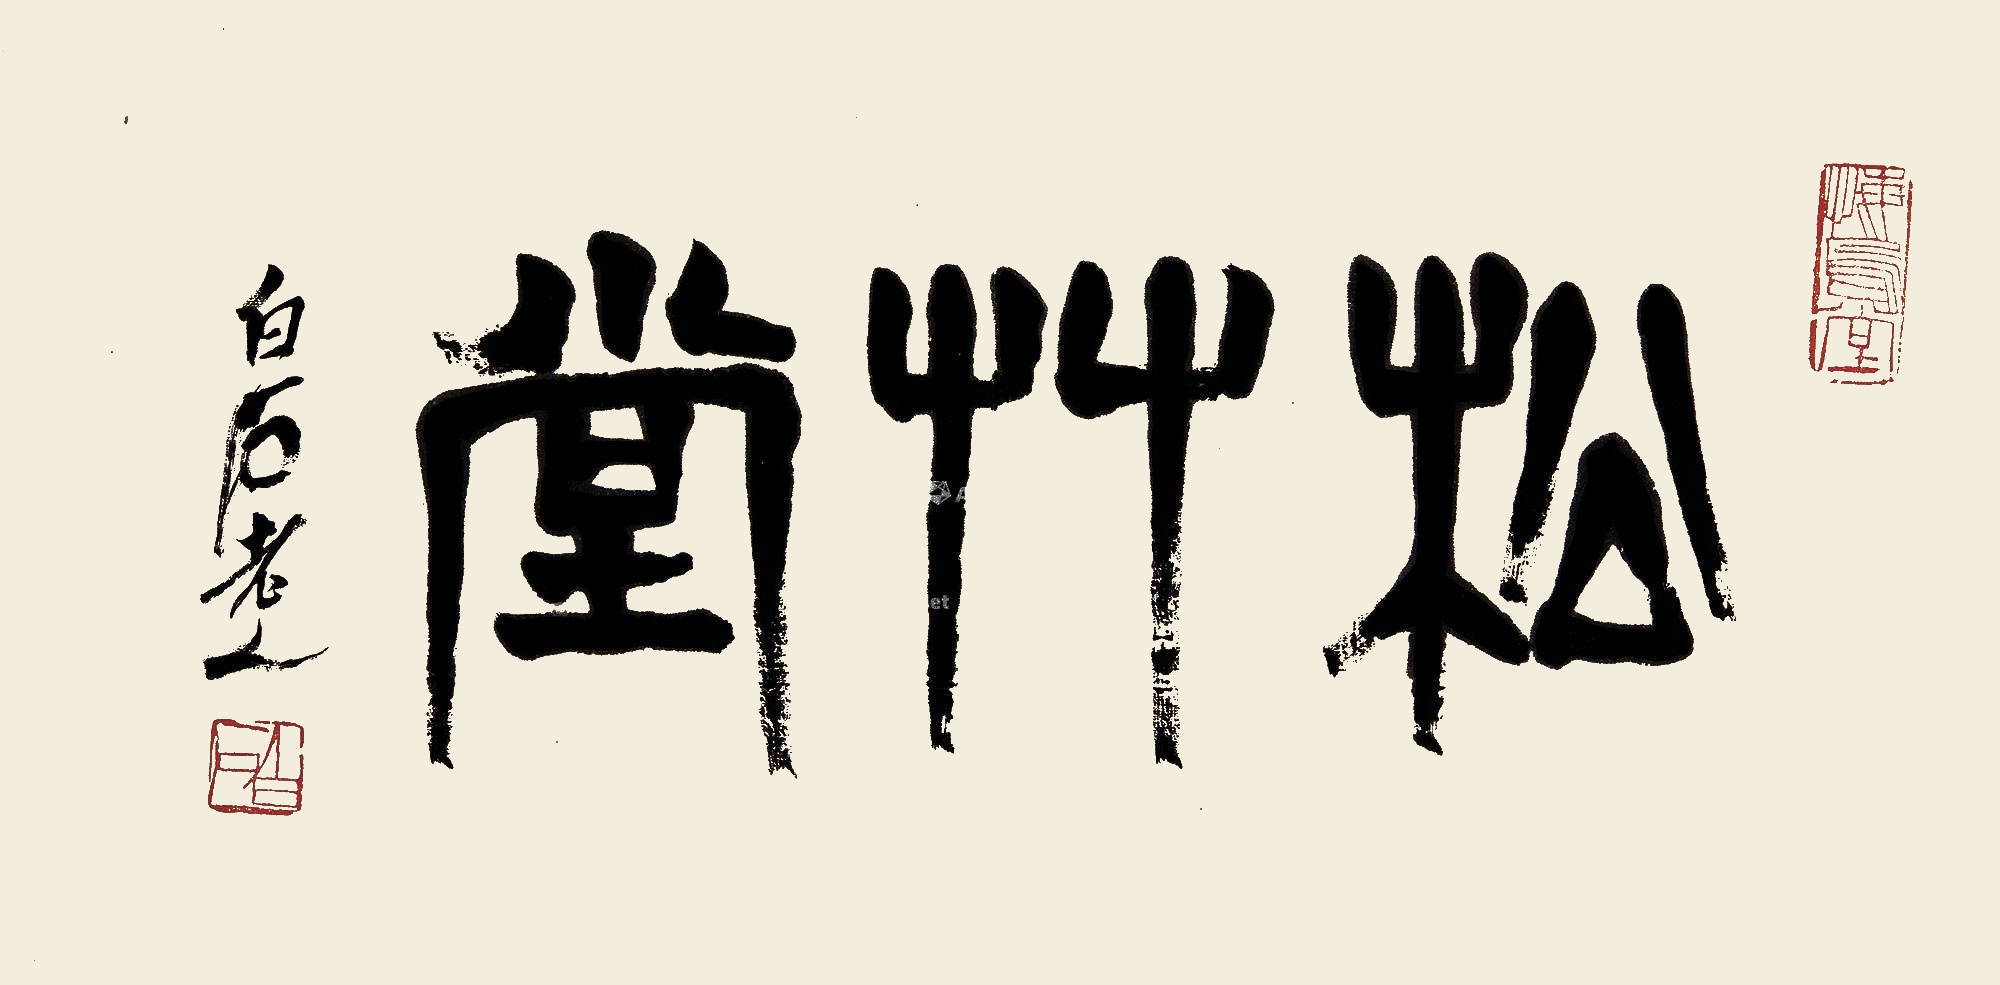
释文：松草堂。白石老人。